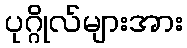
ပုဂ္ဂိုလ်များအား